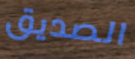
الصديق